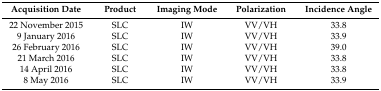
| Acquisition Date | Product | Imaging Mode | Polarization | Incidence Angle |
 | --- | --- | --- | --- | --- |
 | 22 November 2015 | SLC | IW | VV/VH | 33.8 |
 | 9 January 2016 | SLC | IW | VV/VH | 33.9 |
 | 26 February 2016 | SLC | IW | VV/VH | 39.0 |
 | 21 March 2016 | SLC | IW | VV/VH | 33.8 |
 | 14 April 2016 | SLC | IW | VV/VH | 33.8 |
 | 8 May 2016 | SLC | IW | VV/VH | 33.9 |